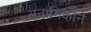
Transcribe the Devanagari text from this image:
अनामिकाने